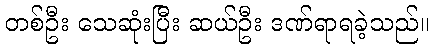
တစ်ဦး သေဆုံးပြီး ဆယ်ဦး ဒဏ်ရာရခဲ့သည်။